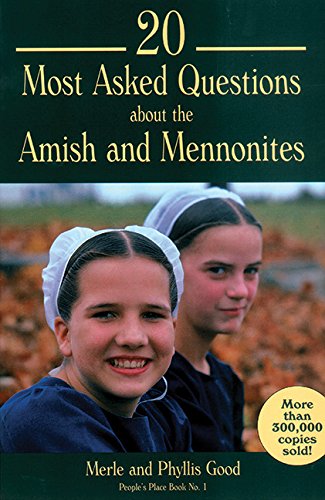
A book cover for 20 Most Asked Questions about the Amish & Mennonites  (People's Place); Merle Good; Christian Books & Bibles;